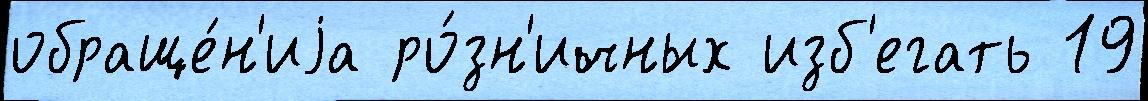
обраще́н'иjа ро́зн'ичных изб'егать 19